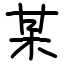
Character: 某